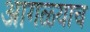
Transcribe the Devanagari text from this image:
आगळ्याच